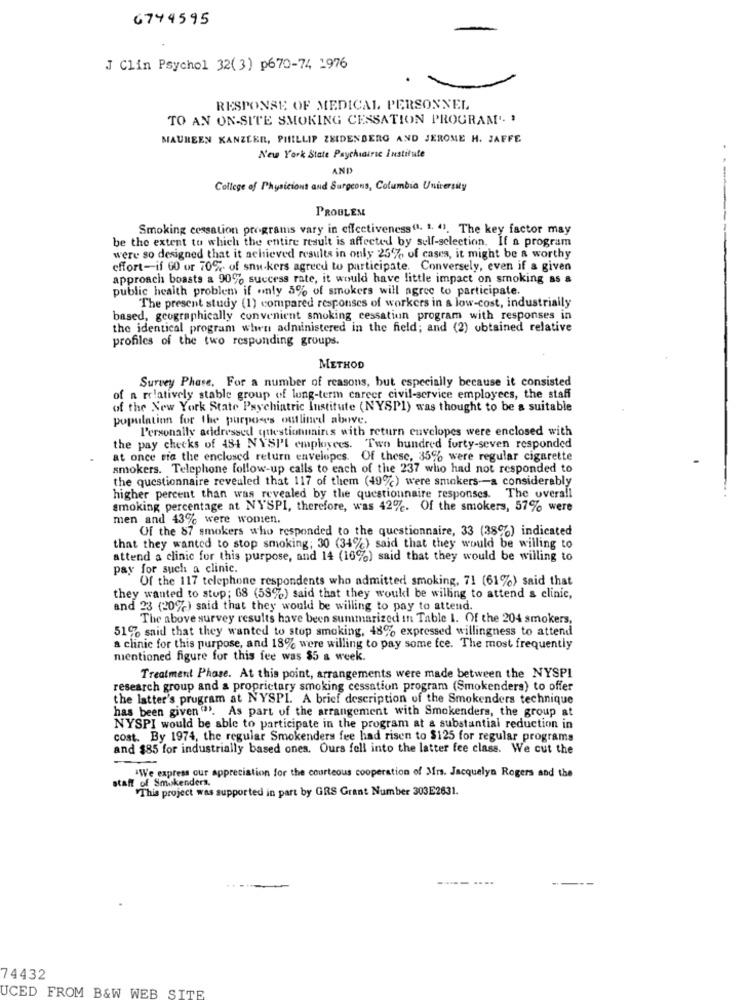
6744595
J Clin Psychol 32(3) p670-74 1976
RESPONSE OF MEDICAL PERSONNEL
TO AN ON-SITE SMOKING CESSATION PROGRAM". '
MAUREEN KANZLER, PHILLIP ZEIDENBERG AND JEROME H. JAFFE
New York State Psychiatric Institute
AND
---
College of Physiciont and Surgeons, Columbia University
PROBLEM
Smoking cessation programs vary in effectiveness". 1. ". The key factor may
be the extent to which the entire result is affected by self-selection. If a program
were so designed that it achieved results in only 25%, of cases, it might be a worthy
effort-if 60 or 70% of snu-kers agreed to participate. Conversely, even if a given
approach boasts a 90% success rate, it would have little impact on smoking as a
public health problem if only 5% of smokers will agree to participate.
The present study (1) compared responses of workers in a low-cost, industrially
based, geographically convenient smoking cessation program with responses in
the identical program when administered in the field; and (2) obtained relative
profiles of the two responding groups.
METHOD
Survey Phase. For a number of reasons, but especially because it consisted
of a relatively stable group of long-term career civil-service employees, the staff
of the New York State Psychiatric Institute (NYSP1) was thought to be a suitable
population for the purposes outlined above.
l'ersonally addressed questionmains with return envelopes were enclosed with
the pay checks of 484 NYSP'I employees. Two hundred forty-seven responded
at once sia the enclosed return envelopes. Of these, 35% were regular cigarette
smokers. Telephone follow-up calls to each of the 237 who had not responded to
the questionnaire revealed that 117 of them (49%) were smokers-a considerably
higher percent than was revealed by the questionnaire responses. The overall
smoking percentage at NYSPI, therefore, was 42%. Of the smokers, 57% were
men and 43% were women.
Of the 87 smokers who responded to the questionnaire, 33 (38%) indicated
that they wanted to stop smoking; 30 (34%) said that they would be willing to
attend a clinic for this purpose, and 14 (16%) said that they would be willing to
pay for such a clinic.
Of the 117 telephone respondents who admitted smoking, 71 (61%) said that
they wanted to stop; 68 (58%) said that they would be willing to attend a clinic,
and 23 (20%) said that they would be willing to pay to attend.
The above survey results have been summarized itt Table I. Of the 204 smokers,
51% said that they wanted to stop smoking, 48% expressed willingness to attend
a clinic for this purpose, and 18% were willing to pay some fce. The most frequently
mentioned figure for this fee was $5 a week.
Treatment Phase. At this point, arrangements were made between the NYSPI
research group and a proprietary smoking cessation program (Smokenders) to offer
the latter's program at NYSPI. A brief description of the Smokenders technique
has been given"". As part of the arrangement with Smokenders, the group at
NYSPI would be able to participate in the program at a substantial reduction in
cost. By 1974, the regular Smokenders fee had risen to $125 for regular programs
and $85 for industrially based ones. Ours fell into the latter fee class. We cut the
-
*We express our appreciation for the courteous cooperation of Mrs. Jacquelyn Rogers and the
staff of Smokenders.
"This project was supported in part by GRS Grant Number 303E2631.
74432
UCED FROM B&W WEB SITE